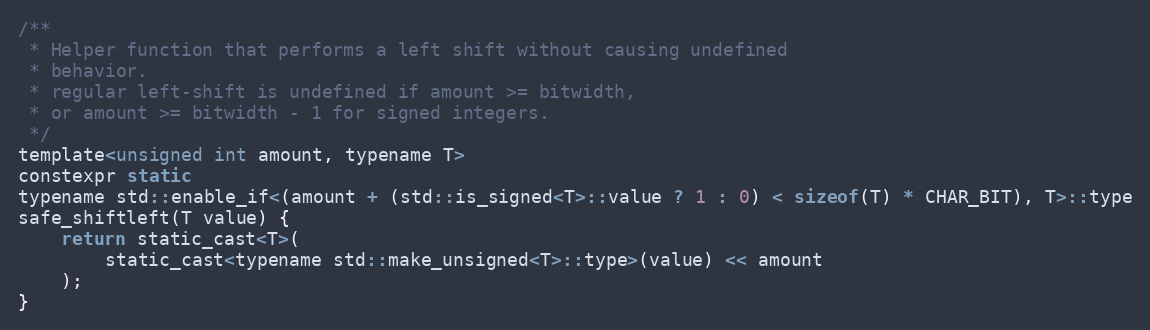
Language: C
/**
 * Helper function that performs a left shift without causing undefined
 * behavior.
 * regular left-shift is undefined if amount >= bitwidth,
 * or amount >= bitwidth - 1 for signed integers.
 */
template<unsigned int amount, typename T>
constexpr static
typename std::enable_if<(amount + (std::is_signed<T>::value ? 1 : 0) < sizeof(T) * CHAR_BIT), T>::type
safe_shiftleft(T value) {
	return static_cast<T>(
		static_cast<typename std::make_unsigned<T>::type>(value) << amount
	);
}